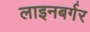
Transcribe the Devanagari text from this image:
लाइनबर्गर